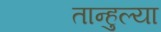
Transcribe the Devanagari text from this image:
तान्हुल्या